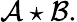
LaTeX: {\mathcal{A}}\star{\mathcal{B}}.